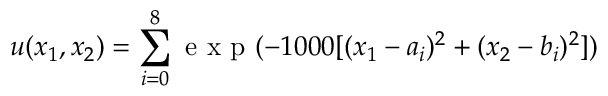
u ( x _ { 1 } , x _ { 2 } ) = \sum _ { i = 0 } ^ { 8 } \mathrm { ~ e ~ x ~ p ~ } ( - 1 0 0 0 [ ( x _ { 1 } - a _ { i } ) ^ { 2 } + ( x _ { 2 } - b _ { i } ) ^ { 2 } ] )